Museums and galleries and the schools, 1932
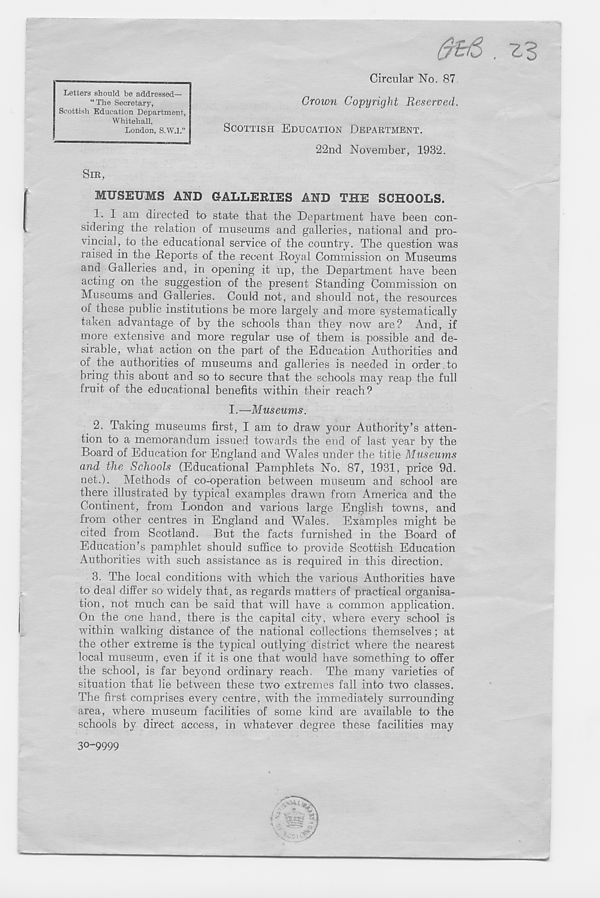
. zs
Circular No. 87
Crown Copyright Reserved.
SCOTTISH EDUCATION DEPABTMENT.
22nd November, 1932.
SIR,
MUSEUMS AND GALLERIES AND THE SCHOOLS.
1. I am directed to state that the Department have been con-
sidering the relation of museums and galleries, national and pro-
vincial, to the educational service of the country. The question was
raised in the Deports of the recent Royal Commission on Museums
and Galleries and, in opening it up, the Department have been
acting on the suggestion of the present Standing Commission on
Museums and Galleries. Could not, and should not, the resources
of these public institutions be more largely and more systematically
taken advantage of by the schools than they now are? And, if
more extensive and more regular use of them is possible and de-
sirable, what action on the part of the Education Authorities and
of the authorities of museums and galleries is needed in order to
bring this about and so to secure that the schools may reap the full
fruit of the educational benefits within their reach?
I.—Museums.
2. Taking museums first, I am to draw your Authority’s atten-
tion to a memorandum issued towards the end of last year by the
Board of Education for England and Wales under the title Museums
and the Schools (Educational Pamphlets No. 87, 1931, price 9d.
net.). Methods of co-operation between museum and school are
there illustrated by typical examples drawn from America and the
Continent, from London and various large English towns, and
from other centres in England and Wales. Examples might be
cited from Scotland. But the facts furnished in the Board of
Education’s pamphlet should suffice to provide Scottish Education
Authorities with such assistance as is required in this direction.
3. The local conditions with which the various Authorities have
to deal differ so' widely that, as regards matters of practical organisa-
tion, not much can be said that will have a common application.
On the one hand, there is the capital city, where every school is
within walking distance of the national collections themselves; at
the other extreme is the typical outlying district where the nearest
local museum, even if it is one that would have something to offer
the school, is far beyond ordinary reach. The many varieties of
situation that lie between these two extremes fall into two classes.
The first comprises every centre, with the immediately surrounding
area, where museum facilities of some kind are available to the
schools by direct access, in whatever degree these facilities may
Letters should be addressed—
“The Secretary,
Scottish Education Department,
Whitehall,
London, S.W.l.”
30-9999